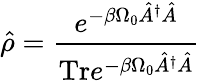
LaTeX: \hat{\rho}=\frac{e^{-\beta\Omega_{0}\hat{A}^{\dagger}\hat{A}}}{\mathrm{Tr}e^{-\beta\Omega_{0}\hat{A}^{\dagger}\hat{A}}}